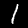
Digit: 1